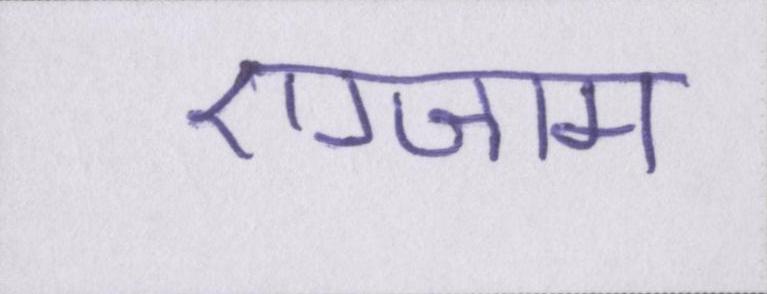
एग्जाम